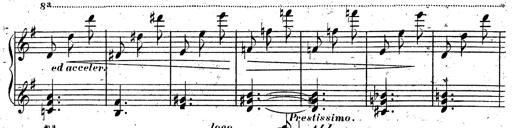
Title: Rondeau fantastique sur un thÃ¨me espagnol
Composer: Franz Liszt